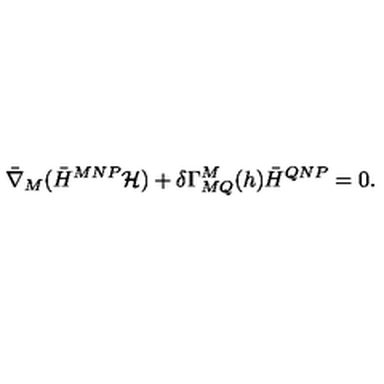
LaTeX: \bar { \nabla } _ { M } ( \bar { H } ^ { M N P } { \cal H } ) + \delta \Gamma _ { M Q } ^ { M } ( h ) \bar { H } ^ { Q N P } = 0 .